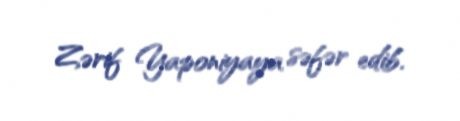
Zərif Yaponiyaya səfər edib.